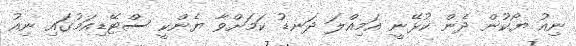
ނިއު ޔޯކުން ދެން ކުޅޭނީ އަމިއްލަ ދަނޑު ކަމަށްވާ ޔެންކީ ސްޓޭޑިއަމުގައި ނިއު